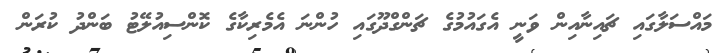
މައްސަލާގައި ޗައިނާއިން ވަނީ އެގައުމުގެ ޗަންގްދޫގައި ހުންނަ އެމެރިކާގެ ކޮންސިއުލޭޓު ބަންދު ކުރަން